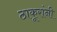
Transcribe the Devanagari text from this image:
ठाकूरांनी